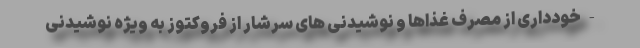
- خودداری از مصرف غذاها و نوشیدنی های سرشار از فروکتوز به ویژه نوشیدنی